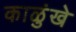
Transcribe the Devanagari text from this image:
काळुंखे